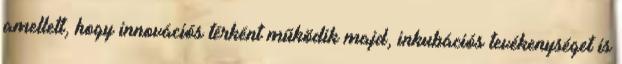
amellett, hogy innovációs térként működik majd, inkubációs tevékenységet is